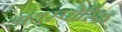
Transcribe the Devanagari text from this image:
डायस्पोरिक